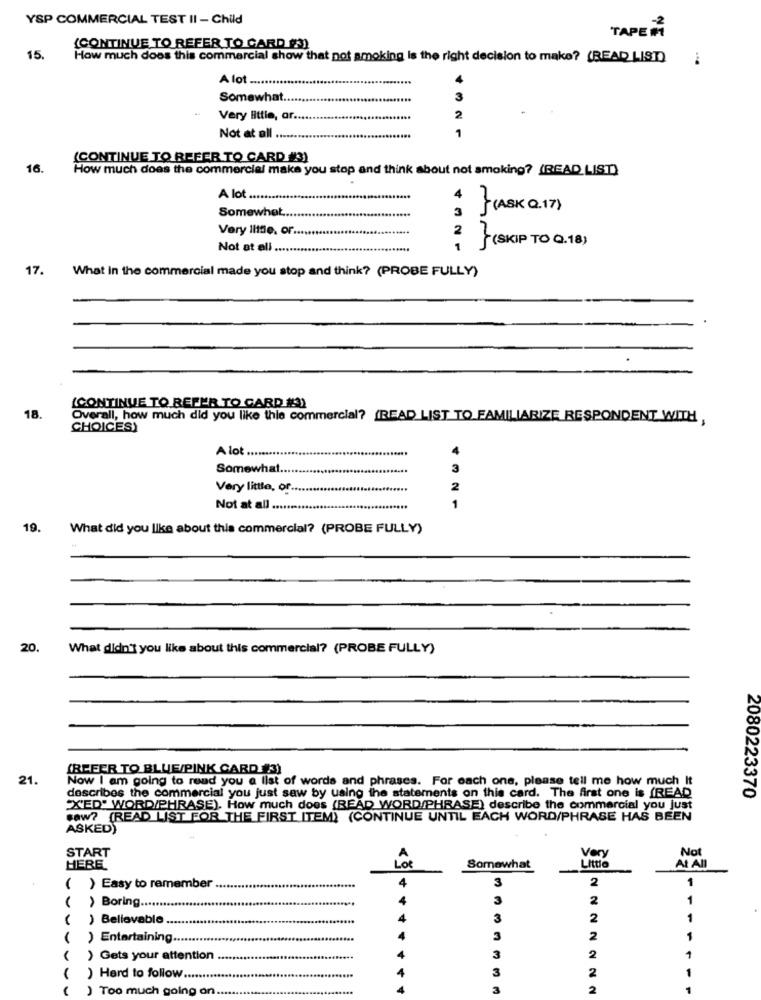
YSP COMMERCIAL TEST II - Child
TAPE M
(CONTINUE TO REFER TO CARD (3)
15.
How much does this commercial show that not smoking is the right decision to make? (READ LIST)
A lot ....
Somewhat.
3
Very little, ar ...
2
Not at all
(CONTINUE TO REFER TO CARD #3)
16.
How much does the commercial make you stop and think about not smoking? (READ_ LIST)
A lot ...........
Somewhat
4
3
(ASK Q.17 )
Very little. or ..
2
Not at all ......
1
(SKIP TO Q.18)
17.
What In the commercial made you stop and think? (PROBE FULLY)
(CONTINUE TO REFER TO CARD #3)
18.
Overall, how much did you like this commercial? (READ_LIST TO FAMILIARIZE RESPONDENT WITH
CHOICES)
A lot ....
4
Somewhat ...
3
Very little, of ..
2
Not at all ....
19.
What did you like about this commercial? (PROBE FULLY)
20.
What didn't you like about this commercial? (PROBE FULLY)
(REFER TO BLUE/PINK CARD #3)
21.
Now I am going to read you a list of words and phrases. For each one, please tell me how much It
describes the commercial you just saw by using the statements on this card. The first one is (READ
2080223370
"X'ED' WORD/PHRASE). How much does (READ WORD/PHRASE) describe the commercial you just
saw? (READ LIST FOR THE FIRST ITEM) (CONTINUE UNTIL EACH WORD/PHRASE HAS BEEN
ASKED)
START
Very
A
Little
Not
HERE
Lot
Somewhat
AL All
3
2
1
( ) Easy to remember
4
3
2
1
( ) Boring ...
( ) Believable.
3
2
1
) Entertaining.
3
2
1
) Gets your attention
3
2
1
3
1
) Hard to follow.
2
) Too much going on.
3
2
1